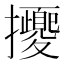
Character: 𢺕